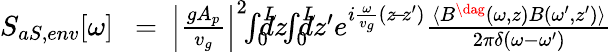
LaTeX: \begin{array}{rlr}{S_{aS,env}[\omega]\! \! \! }&{{}=}&{\! \! \! \left|\frac{gA_{p}}{v_{g}}\right|^{2}\! \! \int_{0}^{L}\! \! \! \! \! dz\! \! \int_{0}^{L}\! \! \! \! \! dz^{\prime}e^{i\frac{\omega}{v_{g}}(z\! -\! z^{\prime})}\frac{\langle{B}^{\dag}(\omega,z){B}(\omega^{\prime},z^{\prime})\rangle}{2\pi\delta(\omega-\omega^{\prime})}}\end{array}